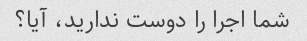
شما اجرا را دوست ندارید، آیا؟